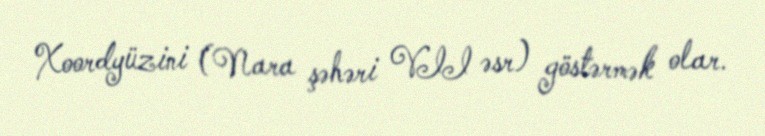
Xoordyüzini (Nara şəhəri VII əsr) göstərmək olar.